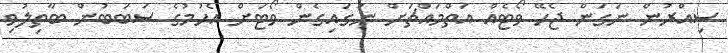
ސިއްރުން ނަގަން ޖެހޭ ވޯޓެއް އަތްމައްޗަށް ނަގައިގެން ވޯޓަށް އެހުމުގެ ސަބަބުން ބާތިލުވި